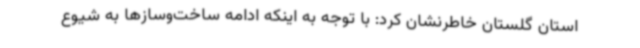
استان گلستان خاطرنشان کرد: با توجه به اینکه ادامه ساخت‌وسازها به شیوع